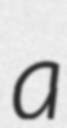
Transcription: a